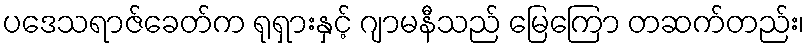
ပဒေသရာဇ်ခေတ်က ရုရှားနှင့် ဂျာမနီသည် မြေကြော တဆက်တည်း၊